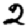
Digit: 2